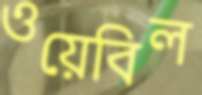
ওয়েবিল